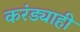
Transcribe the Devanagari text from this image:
करंड्याही